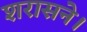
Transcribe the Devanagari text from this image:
शरासने।